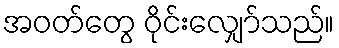
အဝတ်တွေ ဝိုင်းလျှော်သည်။